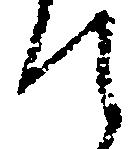
て